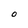
Character: O